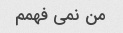
من نمی فهمم